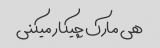
هی مارک چیکار میکنی